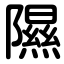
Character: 隰